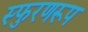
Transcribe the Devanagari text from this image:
स्फुरणरूप